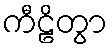
ကီဠိတွာ